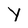
Character: Y